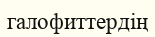
галофиттердің